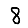
Digit: 8